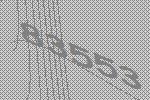
83553